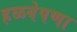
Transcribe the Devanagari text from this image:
हळवेपणा